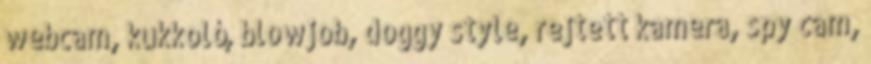
webcam, kukkoló, blowjob, doggy style, rejtett kamera, spy cam,